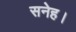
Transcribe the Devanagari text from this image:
सनेह।